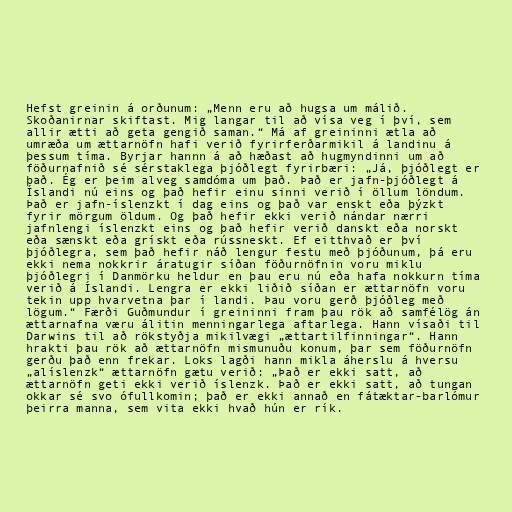
Hefst greinin á orðunum: „Menn eru að hugsa um málið.
Skoðanirnar skiftast. Mig langar til að vísa veg í því, sem
allir ætti að geta gengið saman.“ Má af greininni ætla að
umræða um ættarnöfn hafi verið fyrirferðarmikil á landinu á
þessum tíma. Byrjar hannn á að hæðast að hugmyndinni um að
föðurnafnið sé sérstaklega þjóðlegt fyrirbæri: „Já, þjóðlegt er
það. Ég er þeim alveg samdóma um það. Það er jafn-þjóðlegt á
Íslandi nú eins og það hefir einu sinni verið í öllum löndum.
Það er jafn-íslenzkt í dag eins og það var enskt eða þýzkt
fyrir mörgum öldum. Og það hefir ekki verið nándar nærri
jafnlengi íslenzkt eins og það hefir verið danskt eða norskt
eða sænskt eða grískt eða rússneskt. Ef eitthvað er því
þjóðlegra, sem það hefir náð lengur festu með þjóðunum, þá eru
ekki nema nokkrir áratugir síðan föðurnöfnin voru miklu
þjóðlegri í Danmörku heldur en þau eru nú eða hafa nokkurn tíma
verið á Íslandi. Lengra er ekki liðið síðan er ættarnöfn voru
tekin upp hvarvetna þar í landi. Þau voru gerð þjóðleg með
lögum.“ Færði Guðmundur í greininni fram þau rök að samfélög án
ættarnafna væru álitin menningarlega aftarlega. Hann vísaði til
Darwins til að rökstyðja mikilvægi „ættartilfinningar“. Hann
hrakti þau rök að ættarnöfn mismunuðu konum, þar sem föðurnöfn
gerðu það enn frekar. Loks lagði hann mikla áherslu á hversu
„alíslenzk“ ættarnöfn gætu verið: „Það er ekki satt, að
ættarnöfn geti ekki verið íslenzk. Það er ekki satt, að tungan
okkar sé svo ófullkomin; það er ekki annað en fátæktar-barlómur
þeirra manna, sem vita ekki hvað hún er rík.